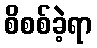
စိစစ်ခဲ့ရာ